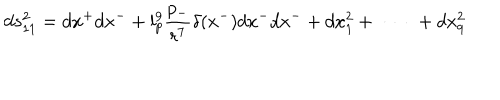
d s _ { 1 1 } ^ { 2 } = d x ^ { + } d x ^ { - } + l _ { p } ^ { 9 } \frac { p _ { - } } { r ^ { 7 } } \delta ( x ^ { - } ) d x ^ { - } d x ^ { - } + d x _ { 1 } ^ { 2 } + \ \cdots \ + d x _ { 9 } ^ { 2 }